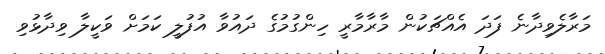
މަރާލެވިދާނެ ފަދަ އެއްޗަކުން މާރާމާރީ ހިންގުމުގެ ދައުވާ އުފުލީ ކަމަށް ވަކީލާ ވިދާޅުވި